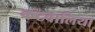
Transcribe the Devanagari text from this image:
कटवालिया